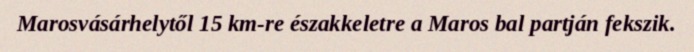
Marosvásárhelytől 15 km-re északkeletre a Maros bal partján fekszik.